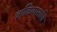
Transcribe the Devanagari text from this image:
जाळियामाजि